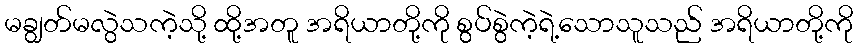
မချွတ်မလွဲသကဲ့သို့ ထို့အတူ အရိယာတို့ကို စွပ်စွဲကဲ့ရဲ့သောသူသည် အရိယာတို့ကို